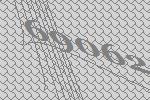
69062